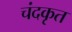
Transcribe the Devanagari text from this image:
चंदकृत